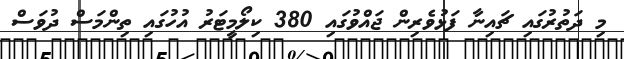
މި ދަތުރުގައި ޗައިނާ ފަޅުވެރިން ޖައްވުގައި 380 ކިލޯމީޓަރު އުހުގައި ތިންމަސް ދުވަސް